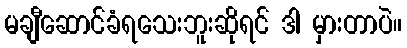
မချီဆောင်ခံရသေးဘူးဆိုရင် ဒါ မှားတာပဲ။